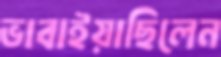
ভাবাইয়াছিলেন